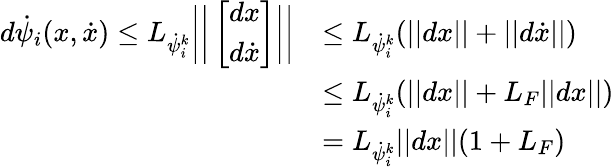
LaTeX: \begin{array}{rl}{d\dot{\psi}_{i}(x,\dot{x})\leq L_{\dot{\psi}_{i}^{k}}\bigg|\bigg|\left[\begin{array}{l}{dx}\\ {d\dot{x}}\end{array}\right]\bigg|\bigg|}&{\leq L_{\dot{\psi}_{i}^{k}}(||dx||+||d\dot{x}||)}\\ &{\leq L_{\dot{\psi}_{i}^{k}}(||dx||+L_{F}||dx||)}\\ &{=L_{\dot{\psi}_{i}^{k}}||dx||(1+L_{F})}\end{array}